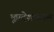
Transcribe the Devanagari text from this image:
भूप्रदेशावरून